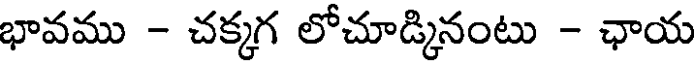
భావము - చక్కగ లోచూడ్కినంటు - ఛాయ